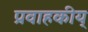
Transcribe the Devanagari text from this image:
प्रवाहकीय्